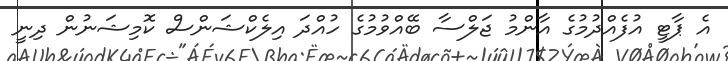
އެ ޕާޓީ އުފެއްދުމުގެ އާންމު ޖަލްސާ ބޭއްވުމުގެ ހުއްދަ އިލެކްޝަންސް ކޮމިޝަނުން ދިނީ